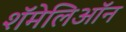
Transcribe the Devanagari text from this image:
शॅमेलिऑन